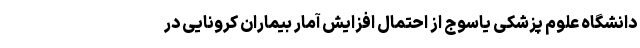
دانشگاه علوم پزشکی یاسوج از احتمال افزایش آمار بیماران کرونایی در